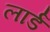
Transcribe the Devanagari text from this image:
लार्डं